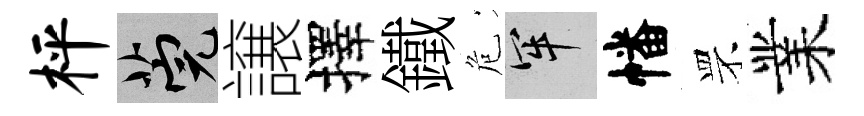
枰筦譲擇鐵危牢幡罘業